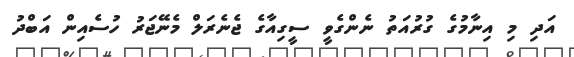
އަދި މި އިނާމުގެ ގުރުއަތު ނެންގެވީ ސީގިއާގެ ޖެނެރަލް މެނޭޖަރު ހުސެއިން އަބްދު